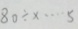
8 0 \times x \cdots 5